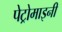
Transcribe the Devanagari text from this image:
पेट्रोमाइनी